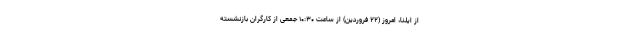
از ایلنا، امروز (۲۲ فروردین) از ساعت ۱۰:۳۰ جمعی از کارگران بازنشسته